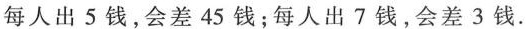
每人出5钱，会差45钱；每人出7钱，会差3钱。